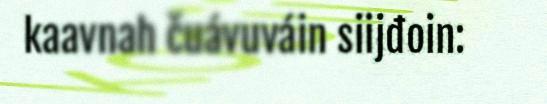
kaavnah čuávuváin siijđoin: